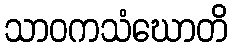
သာဝကသံဃောတိ